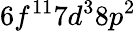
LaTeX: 6f^{11}7d^{3}8p^{2}